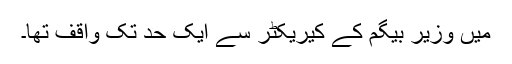
میں وزیر بیگم کے کیریکٹر سے ایک حد تک واقف تھا۔